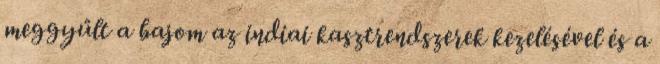
meggyűlt a bajom az indiai kasztrendszerek kezelésével és a